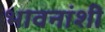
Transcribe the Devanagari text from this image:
भावनांशी